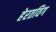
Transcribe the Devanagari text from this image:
हेरतविग